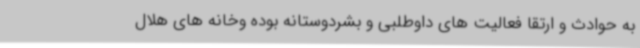
به حوادث و ارتقا فعالیت های داوطلبی و بشردوستانه بوده وخانه های هلال